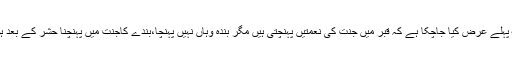
۶؎ پہلے عرض کیا جاچکا ہے کہ قبر میں جنت کی نعمتیں پہنچتی ہیں مگر بندہ وہاں نہیں پہنچا،بندے کاجنت میں پہنچنا حشر کے بعد ہوگا۔